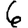
Digit: 6